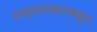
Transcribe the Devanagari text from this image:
राज्यसरकारकडून